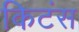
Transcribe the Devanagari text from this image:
किटंस